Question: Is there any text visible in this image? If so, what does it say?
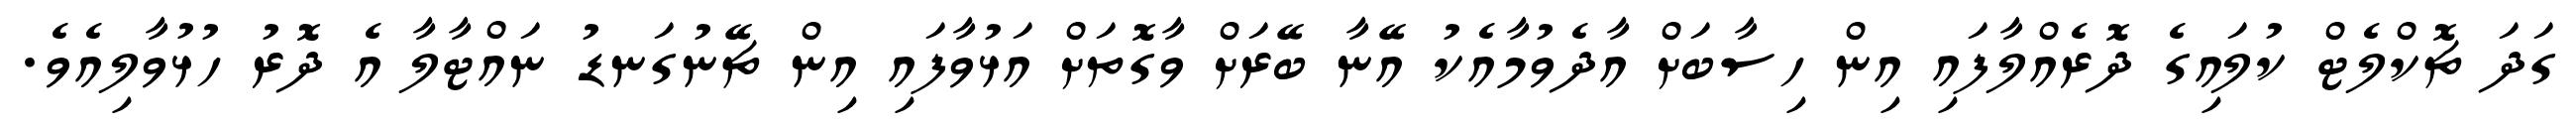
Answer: ގަދަ ޗޮކްލެޓް ކުލައިގެ ދޮރެއްލާފައި އިން ހިސާބަށް އާދެވުމާއެކު އޭނާ ބޭރަށް ވާގޮތަށް އަޅުވާފައި އިން ޗޭނުގަނޑު ނައްޓާލާ އެ ދޮރު ހުޅުވާލިއެވެ.